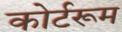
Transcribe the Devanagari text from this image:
कोर्टरूम